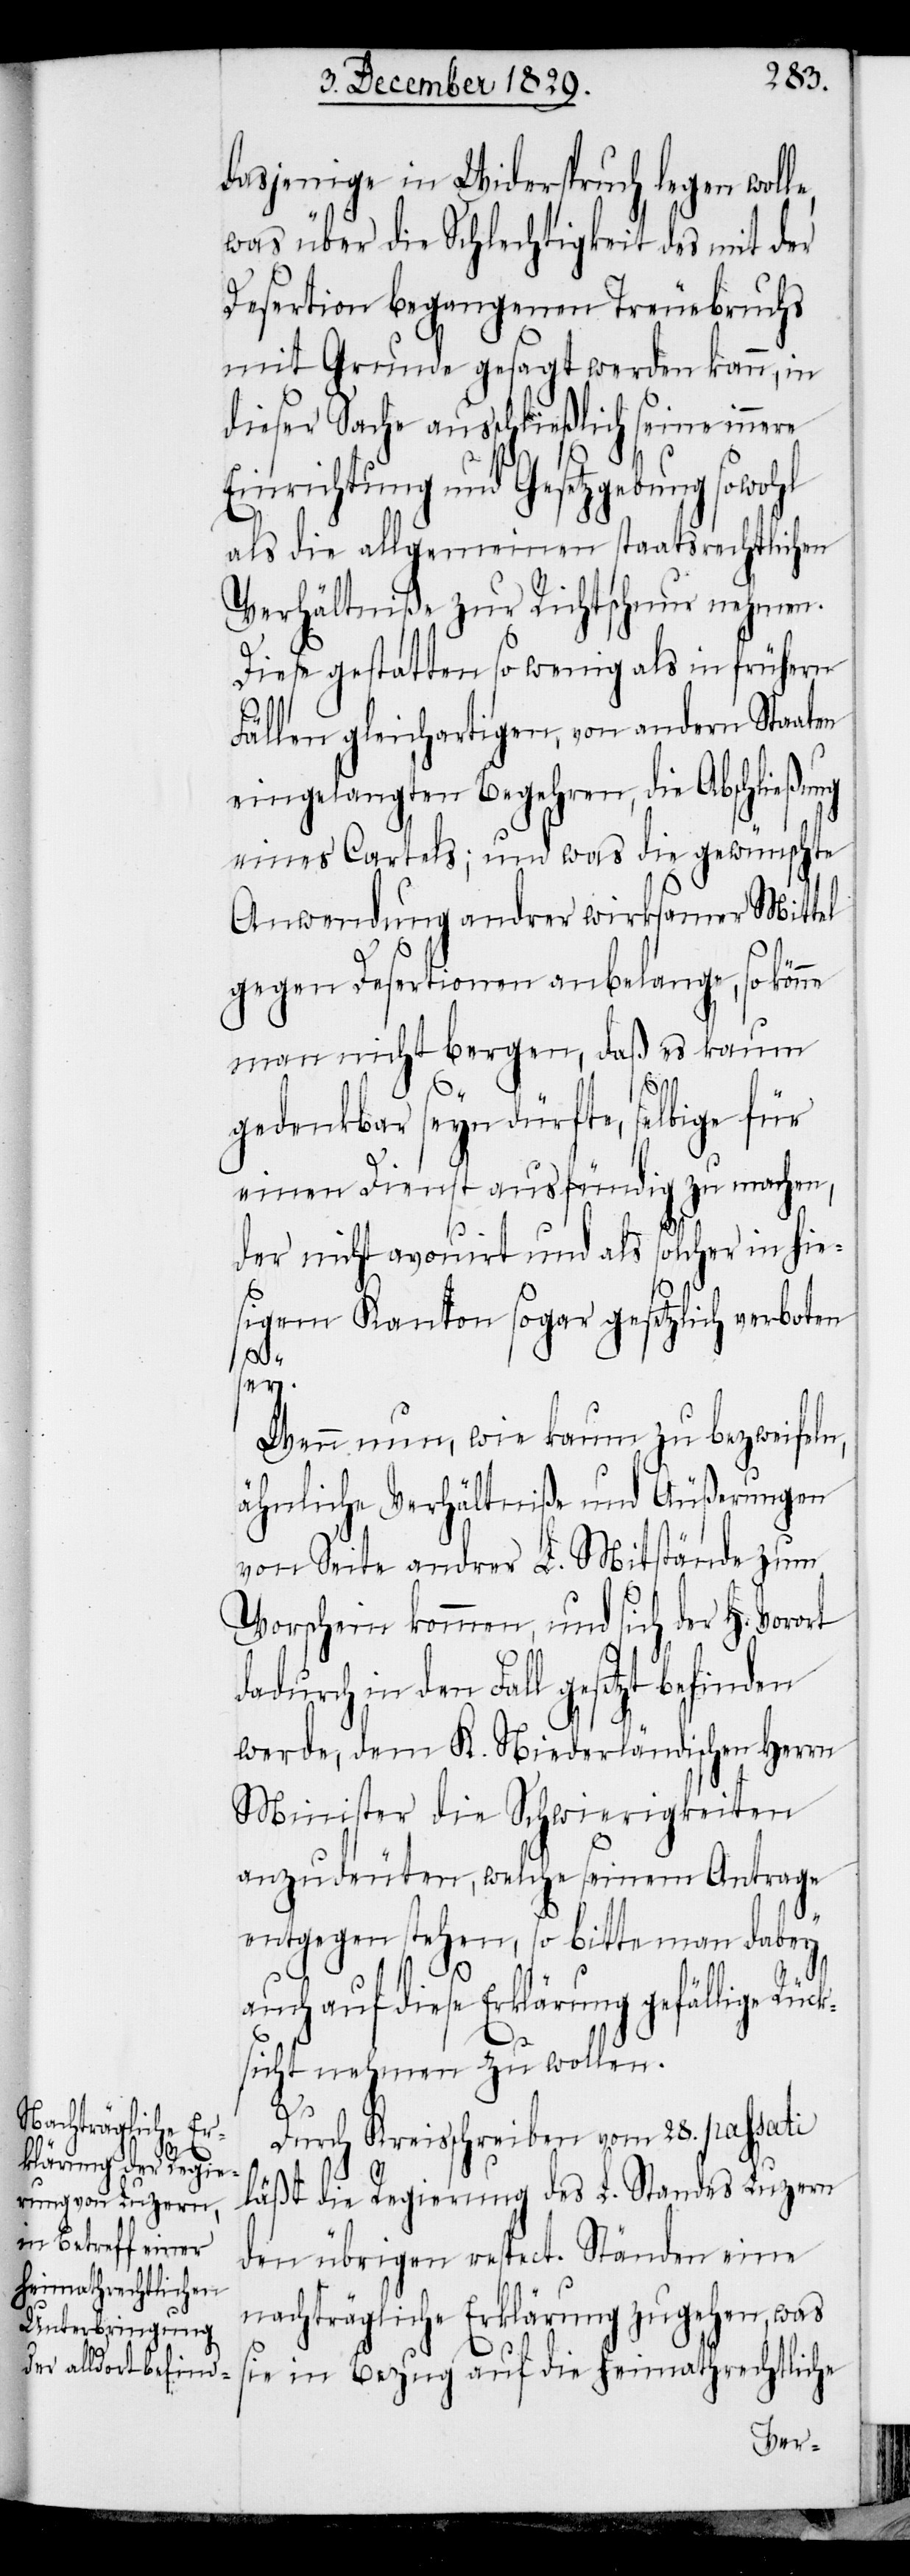
dasjenige in Widerspruch legen woll¬
was über die Schlechtigkeit des mit der
Desertion begangenen Treuebruchs
mit Grunde gesagt werden kann, in
dieser Sache ausschließlich seine inne¬
Einrichtung und Gesetzgebung sowohl
als die allgemeinen staatsrechtlichen
Verhältniße zur Richtschnur nehmen.
Diese gestatten so wenig als in frühern
re
Fällen gleichartigen, von andern Staaten
eingelangten Begehren, die Abschließung
eines Cartels; und was die gewünschte
Anwendung andrer wirksamer Mittel
gegen Desertionen anbelange, so könne
man nicht bergen, daß es kaum
e,
gedenkbar seyn dürfte, selbige für
einen Dienst ausfündig zu machen,
der nicht avouirt und als solcher in hie¬
sigem Kanton sogar gesetzlich verboten
sey.
Wenn nun, wie kaum zu bezweifeln,
ähnliche Verhältniße und Äußerungen
von Seite andrer L. Mitstände zum
Vorschein kommen, und sich der H. Vorort
dadurch in den Fall gesetzt befinden
werde, dem K. Niederländischen Herrn
Minister die Schwierigkeiten
anzudeuten, welche seinem Antrage
entgegen stehen, so bitte man dabei
auch auf diese Erklärung gefällige
sicht nehmen zu wollen.
Rück¬
Durch Kreisschreiben vom 28. passati
läßt die Regierung des L. Standes Luzern
den übrigen respect. Ständen eine
nachträgliche Erklärung zugehen, was
sie in Bezug auf die heimathrechtliche